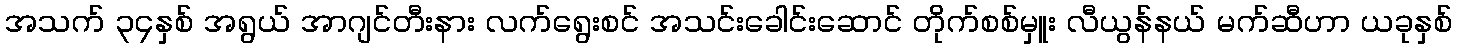
အသက် ၃၄နှစ် အရွယ် အာဂျင်တီးနား လက်ရွေးစင် အသင်းခေါင်းဆောင် တိုက်စစ်မှူး လီယွန်နယ် မက်ဆီဟာ ယခုနှစ်